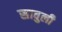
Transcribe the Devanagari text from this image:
सावुली